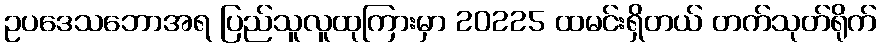
ဥပဒေသဘောအရ ပြည်သူလူထုကြားမှာ 20225 ထမင်းရှိတယ် တက်သုတ်ရိုက်